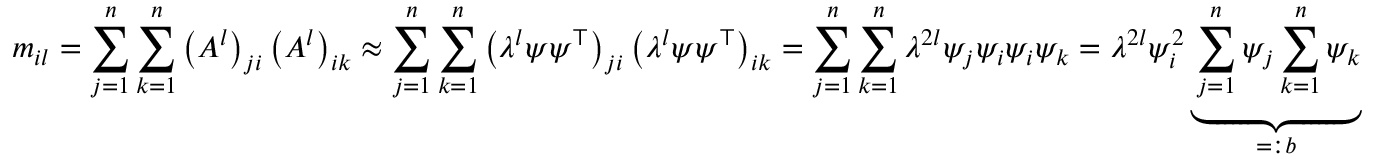
m _ { i l } = \sum _ { j = 1 } ^ { n } \sum _ { k = 1 } ^ { n } \left( A ^ { l } \right) _ { j i } \left( A ^ { l } \right) _ { i k } \approx \sum _ { j = 1 } ^ { n } \sum _ { k = 1 } ^ { n } \left( \lambda ^ { l } \psi \psi ^ { \top } \right) _ { j i } \left( \lambda ^ { l } \psi \psi ^ { \top } \right) _ { i k } = \sum _ { j = 1 } ^ { n } \sum _ { k = 1 } ^ { n } \lambda ^ { 2 l } \psi _ { j } \psi _ { i } \psi _ { i } \psi _ { k } = \lambda ^ { 2 l } \psi _ { i } ^ { 2 } \underbrace { \sum _ { j = 1 } ^ { n } \psi _ { j } \sum _ { k = 1 } ^ { n } \psi _ { k } } _ { = : b }